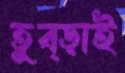
তুব্‌ড়াই